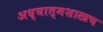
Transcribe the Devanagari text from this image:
अध्यात्मशास्त्रच